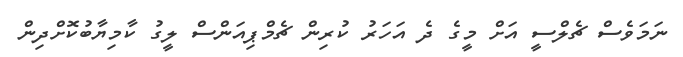
ނަމަވެސް ޗެލްސީ އަށް މީގެ ދެ އަހަރު ކުރިން ޗެމްޕިއަންސް ލީގު ކާމިޔާބުކޮށްދިން